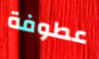
عطوفة